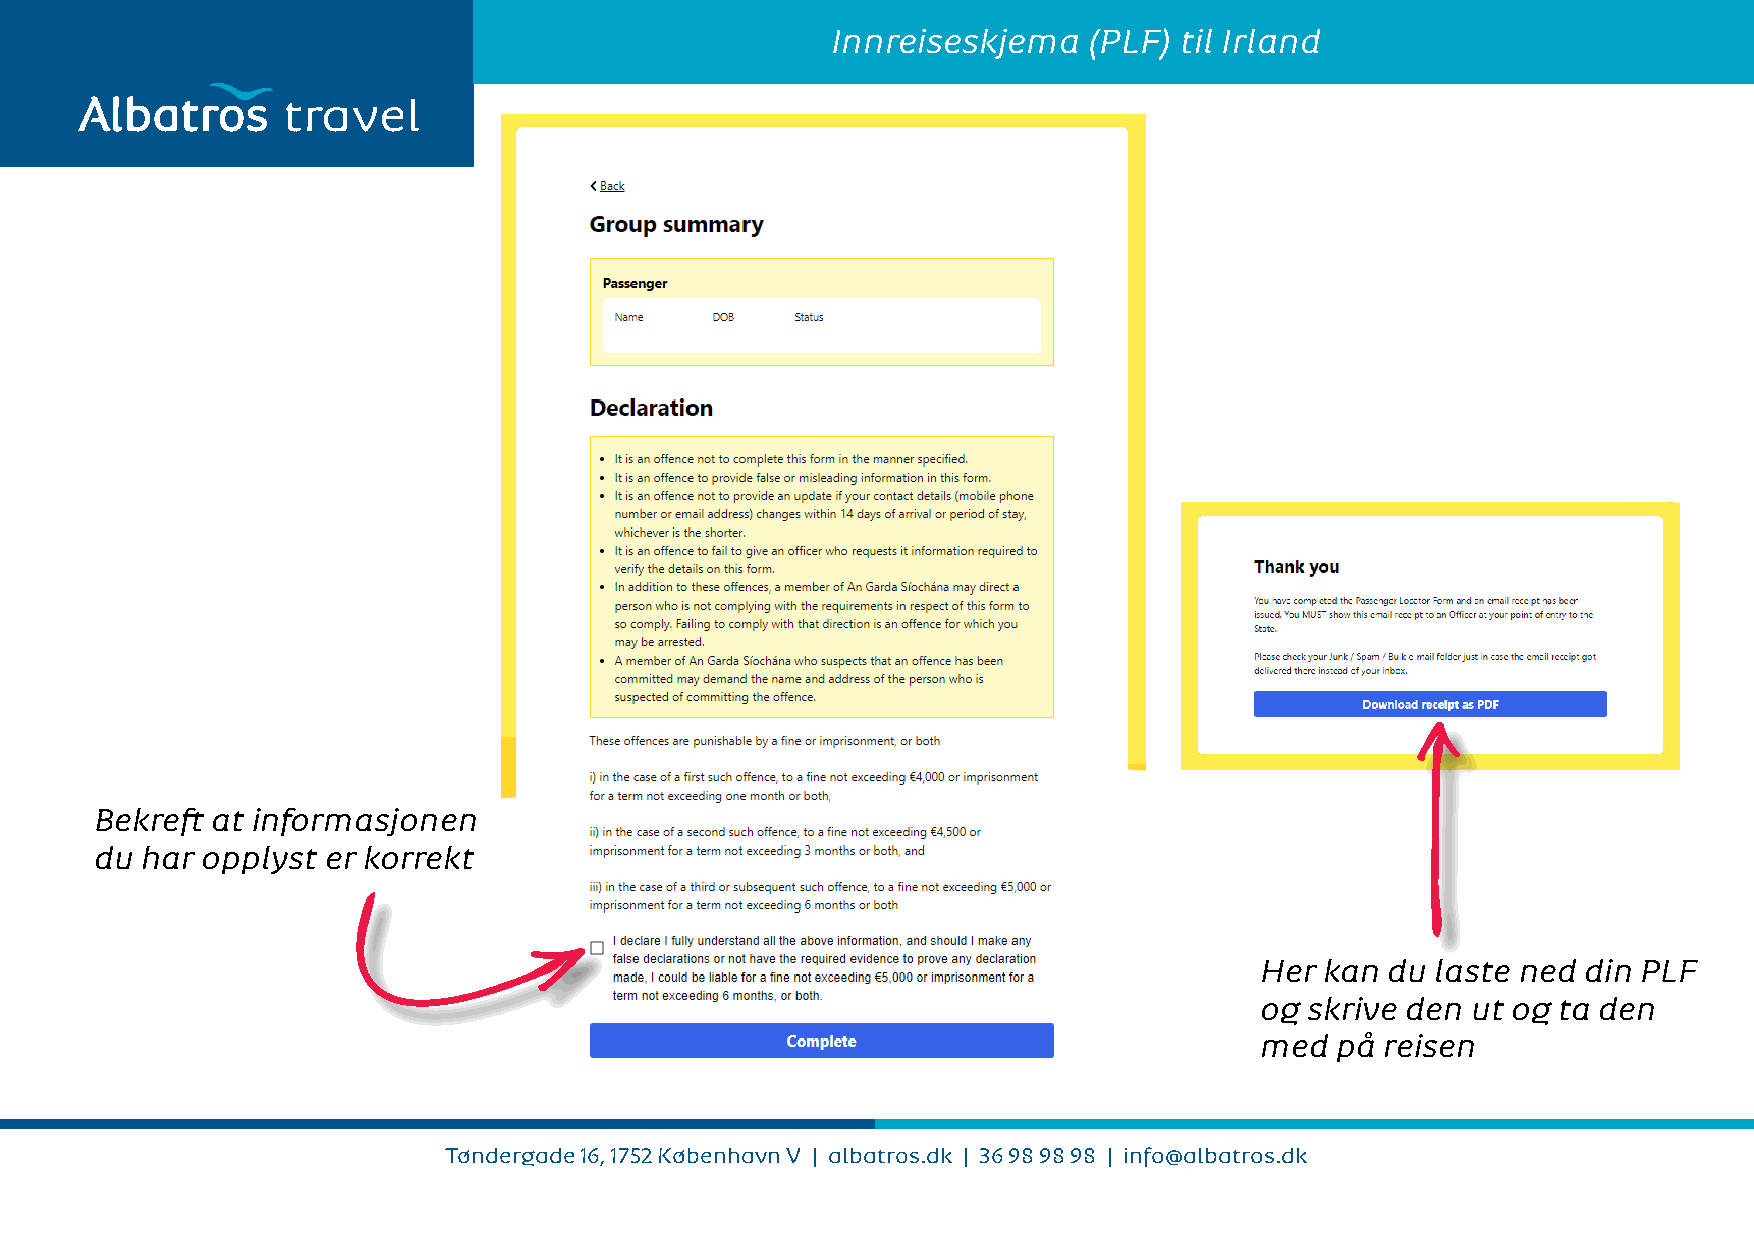
Innreiseskjema   (PLF) til Irland
 travel
 Bekreft at informasjonen
 du har opplyst er korrekt
 Her  kan du laste ned din PLF
 og  skrive den ut og ta den
 med  på  reisen
 Tøndergade 16, 1752 København V | albatros.dk | 36 98 98 98 | info@albatros.dk